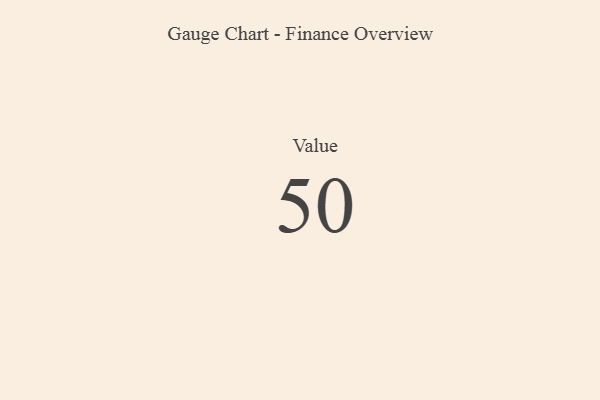
{"axis": {"x": "Metric", "y": "Value"}, "legend": [""], "data": [{"x": "Value", "y": 50, "type": ""}]}